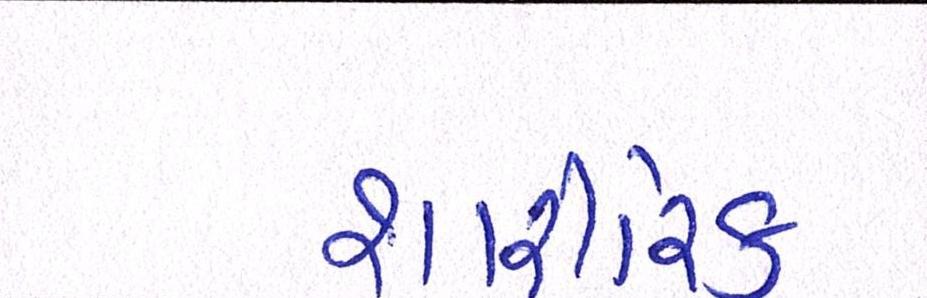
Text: શારીરિક